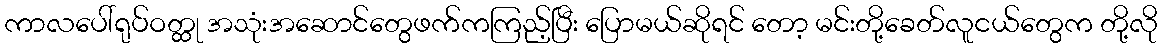
ကာလပေါ်ရုပ်ဝတ္ထု အသုံးအဆောင်တွေဖက်ကကြည့်ပြီး ပြောမယ်ဆိုရင် တော့ မင်းတို့ခေတ်လူငယ်တွေက တို့လို